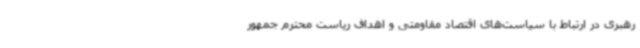
رهبری در ارتباط با سیاست‌های اقتصاد مقاومتی و اهداف ریاست محترم جمهور